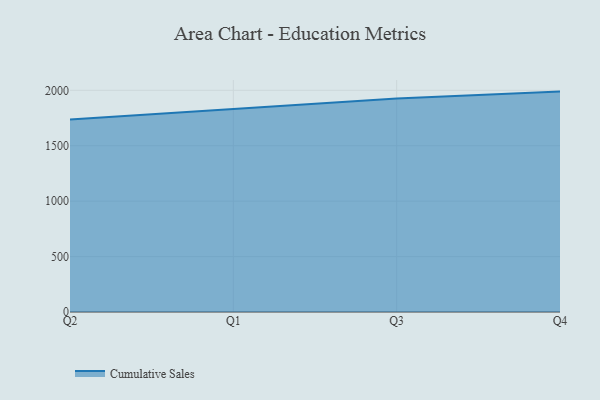
{"axis": {"x": "Quarter", "y": "Backlog"}, "legend": ["Cumulative Sales"], "data": [{"x": "Q2", "y": 1735.9, "type": "Cumulative Sales"}, {"x": "Q1", "y": 1833.7, "type": "Cumulative Sales"}, {"x": "Q3", "y": 1925.0, "type": "Cumulative Sales"}, {"x": "Q4", "y": 1988.3, "type": "Cumulative Sales"}]}